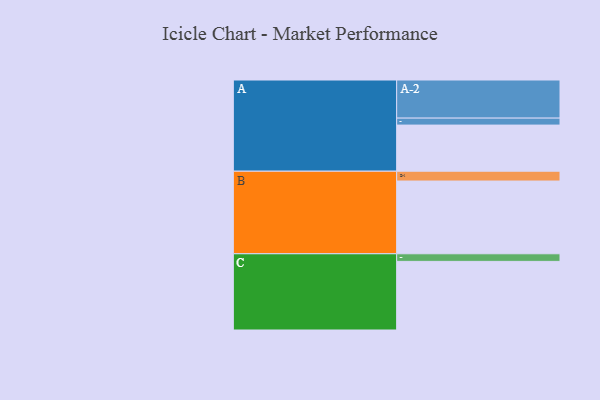
{"axis": {"x": "Segment", "y": "Value"}, "legend": ["", "A", "B", "C"], "data": [{"x": "A", "y": 357, "type": ""}, {"x": "B", "y": 563, "type": ""}, {"x": "C", "y": 531, "type": ""}, {"x": "A-1", "y": 54, "type": "A"}, {"x": "A-2", "y": 295, "type": "A"}, {"x": "B-1", "y": 76, "type": "B"}, {"x": "C-1", "y": 59, "type": "C"}]}